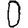
Digit: 0